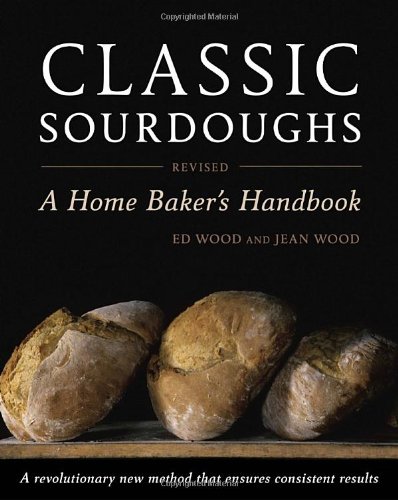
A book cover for Classic Sourdoughs, Revised: A Home Baker's Handbook; Ed Wood; Cookbooks, Food & Wine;